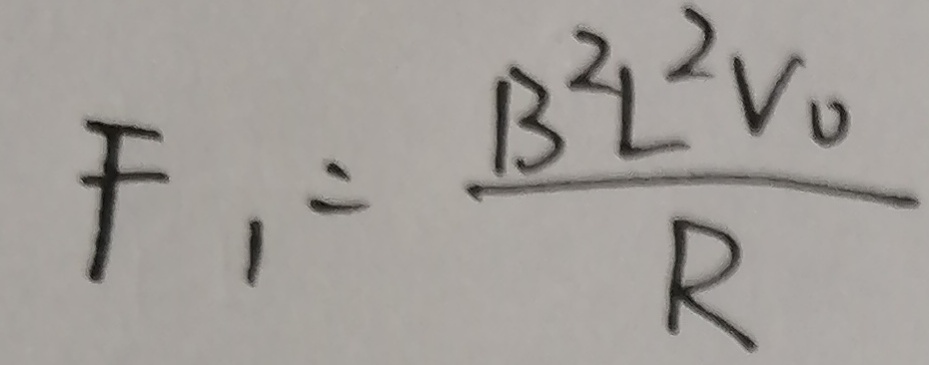
F _ { 1 } = \frac { B ^ { 2 } L ^ { 2 } V _ { 0 } } { R }